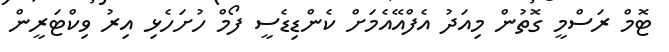
ޓޮމް ރަސްމީ ގޮތުން މިއަދު އެފްއޭއެމަށް ކެންޑިޑެސީ ފޯމް ހުށަހެޅި އިރު ވިކްޓަރީން